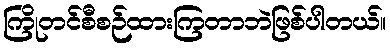
ကြိုတင်စီစဉ်ထားကြတာဘဲဖြစ်ပါတယ်။